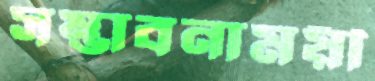
সম্ভাবনাময়ী